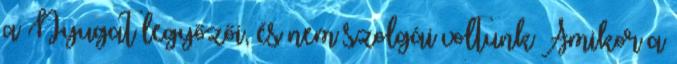
a Nyugat legyőzői, és nem szolgái voltunk Amikor a